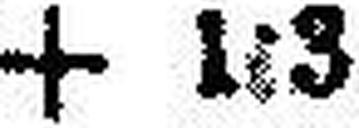
+ 1•3